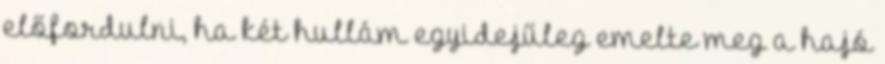
előfordulni, ha két hullám egyidejűleg emelte meg a hajó